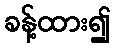
ခန့်ထား၍